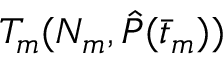
T _ { m } ( N _ { m } , \hat { P } ( \bar { t } _ { m } ) )